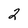
Character: 2